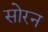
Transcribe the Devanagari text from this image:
सोरन